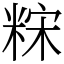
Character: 䊉